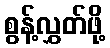
စွန့်လွှတ်ဖို့